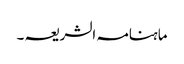
ماہنامہ الشریعہ ۔